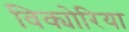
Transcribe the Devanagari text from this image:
विक्योरिया